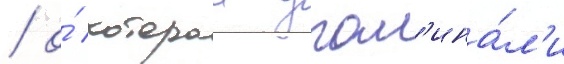
/ о́ которои упом'ина́л'и